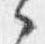
之